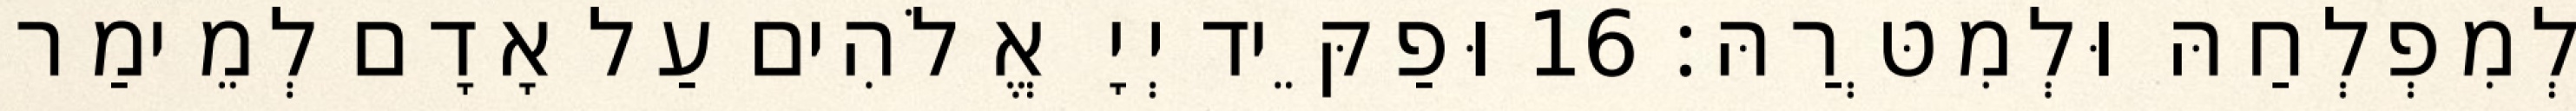
לְמִפְלְחַהּ וּלְמִטְּרַהּ׃ 16 וּפַקֵּיד יְיָ אֱלֹהִים עַל אָדָם לְמֵימַר